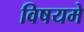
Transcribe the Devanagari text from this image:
विषयमे